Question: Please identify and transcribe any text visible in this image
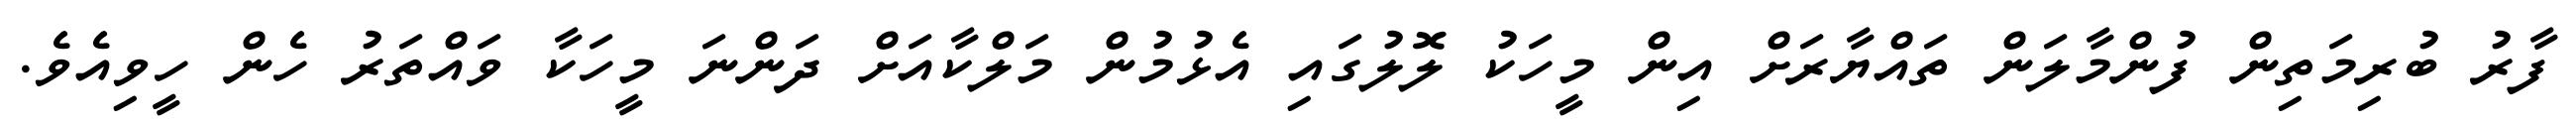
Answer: ފާރު ބުރިމަތިން ފުންމާލަން ތައްޔާރަށް އިން މީހަކު ލޮލުގައި އެޅުމުން މަލްކާއަށް ދަންނަ މީހަކާ ވައްތަރު ހެން ހީވިއެވެ.